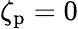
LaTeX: \zeta_{\mathrm{p}}=0